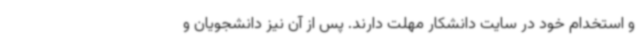
و استخدام خود در سایت دانشکار مهلت دارند. پس از آن نیز دانشجویان و